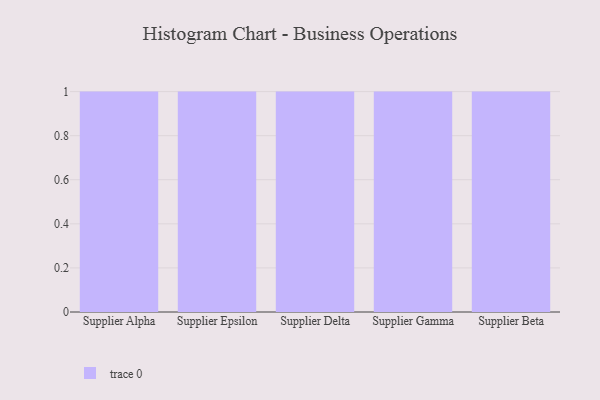
{"axis": {"x": "Supplier", "y": "Humidity (%)"}, "legend": [""], "data": [{"x": "Supplier Alpha", "y": 99, "type": ""}, {"x": "Supplier Epsilon", "y": 6, "type": ""}, {"x": "Supplier Delta", "y": 69, "type": ""}, {"x": "Supplier Gamma", "y": 93, "type": ""}, {"x": "Supplier Beta", "y": 38, "type": ""}]}